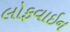
લોફવાઇન